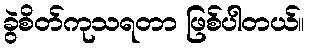
ခွဲစိတ်ကုသရတာ ဖြစ်ပါတယ်။